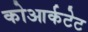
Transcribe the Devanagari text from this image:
कोआर्कटेट